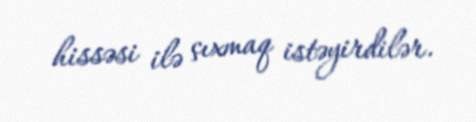
hissəsi ilə çıxmaq istəyirdilər.